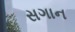
સગાન